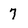
Character: 7